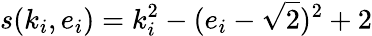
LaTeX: s(k_{i},e_{i})=k_{i}^{2}-(e_{i}-\sqrt{2})^{2}+2